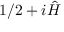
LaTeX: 1 / 2 + i { \hat { H } }